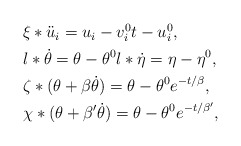
\begin{align*}\begin{aligned} & \xi*\ddot{u}_{i}=u_{i}-v_{i}^{0}t-u_{i}^{0},\\ & l*\dot{\theta}=\theta-\theta^{0}l*\dot{\eta}=\eta-\eta^{0},\\ & \zeta*(\theta+\beta\dot{\theta})=\theta-\theta^{0}e^{-t/\beta},\\ & \chi*(\theta+\beta'\dot{\theta})=\theta-\theta^{0}e^{-t/\beta'},\end{aligned}\end{align*}